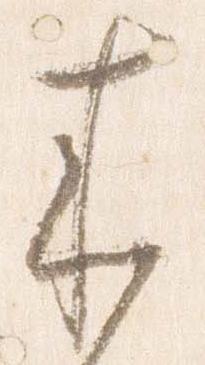
来